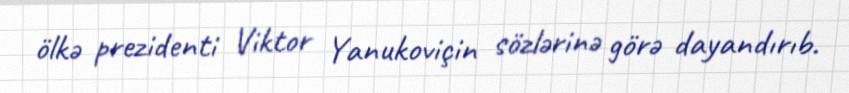
ölkə prezidenti Viktor Yanukoviçin sözlərinə görə dayandırıb.